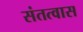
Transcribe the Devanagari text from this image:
संतत्वास